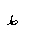
Letter: _da